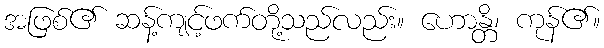
အဖြစ်၏ ဆန့်ကျင့်ဖက်တို့သည်လည်း။ ဟောန္တိ၊ ကုန်၏။